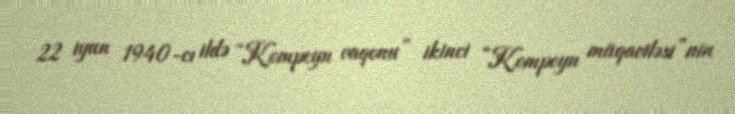
22 iyun 1940-cı ildə “Kompeyn vaqonu” ikinci “Kompeyn müqaviləsi”nin